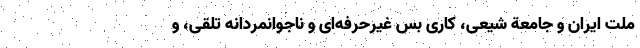
ملت ایران و جامعة شیعی، کاری بس غیرحرفه‌ای و ناجوانمردانه تلقی، و